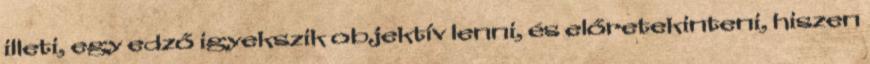
illeti, egy edző igyekszik objektív lenni, és előretekinteni, hiszen